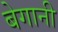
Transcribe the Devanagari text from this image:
बेगानी